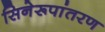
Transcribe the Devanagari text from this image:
सिनेरूपांतरण